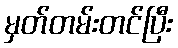
မှတ်တမ်းတင်ပြီး